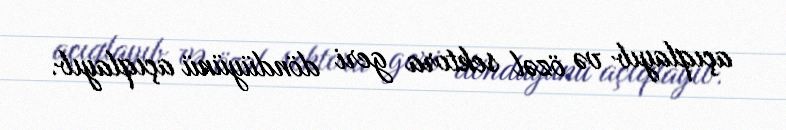
açıqlayıb və özəl sektora geri döndüyünü açıqlayıb.